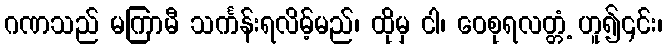
ဂဏသည် မကြာမီ သင်္ကန်းရလိမ့်မည်၊ ထိုမှ ငါ၊ ဝေစုရလတ္တံ့ ဟူ၍၎င်း၊